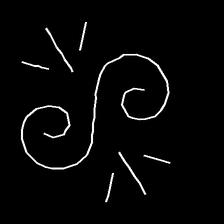
Glyph: wind-directs-air